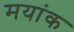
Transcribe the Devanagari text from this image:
मयांक